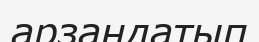
арзандатып